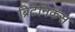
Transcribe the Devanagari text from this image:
ब्रिटेनिकस